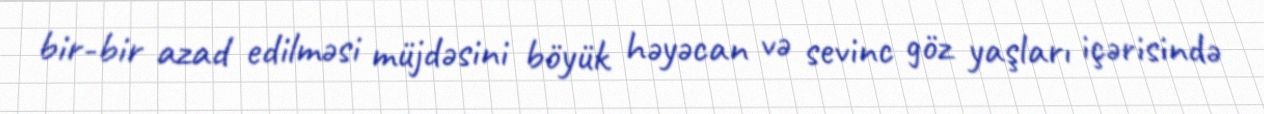
bir-bir azad edilməsi müjdəsini böyük həyəcan və sevinc göz yaşları içərisində